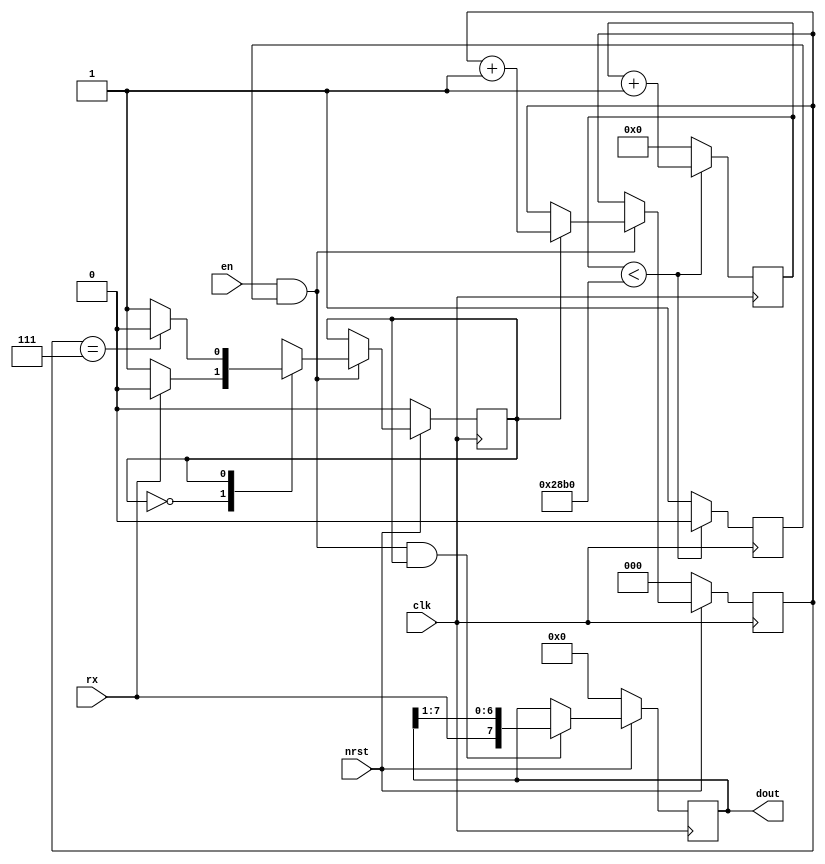
`timescale 1ns / 1ps

module uartrx_simple(
    input clk,
    input nrst,
    input en,
    input rx,
    output [7:0] dout
    );
    
    // Baud counter
    parameter BAUD_PER = 10416; //9600 bits per second, 100 MHz clk (10ns period)
    reg [13:0] baud_ctr;
    reg baud_ctr_en;
    always@(posedge clk)
      if (baud_ctr < BAUD_PER) begin
        baud_ctr = baud_ctr + 1;
        baud_ctr_en = 0;
      end
      else begin
        baud_ctr = 0;
        baud_ctr_en = 1'b1;
      end
    
    // Sampling enable
    wire en_sample;
    assign en_sample = en & baud_ctr_en;

    // State machine
    reg state;
    parameter S_IDLE = 1'd0;
    parameter S_SAMPLE = 1'd1;
    reg [2:0] sample_ctr;
    
    always@(posedge clk)
    if (!nrst)
      state = S_IDLE;
    else
      if (en_sample)
        case(state)
          S_IDLE:
            if (rx == 0)
              state = S_SAMPLE;
            else
              state = S_IDLE;
              
          S_SAMPLE:
            if (sample_ctr == 3'd7)
              state = S_IDLE;
            else
              state = S_SAMPLE;
        endcase

    always@(posedge clk)
    if (!nrst)
      sample_ctr = 0;
    else
      if (en_sample)
        case(state)
          //S_IDLE:
            //sample_ctr = 0;
              
          S_SAMPLE:
            sample_ctr = sample_ctr + 1;
        endcase
        
    // Shift register
    reg [7:0] rxsr;
    always@(posedge clk)
    if (!nrst)
      rxsr = 0;
    else
      if (en_sample && (state == S_SAMPLE))
        rxsr = {rx, rxsr[7:1]};
      
    assign dout = rxsr;

endmodule